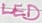
Text: LED